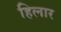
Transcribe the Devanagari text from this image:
हिलार